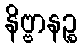
နိဗ္ဗာနဉ္စ